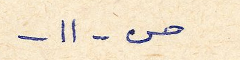
ص - ١١ -